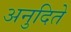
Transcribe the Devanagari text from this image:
अनुदिते